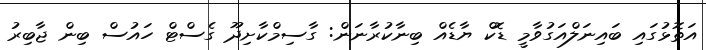
އަތޮޅުގައި ބައިނަލްއަގުވާމީ ޑޮކް ޔާޑެއް ބިނާކުރާނަން: ގާސިމްކާށިދޫ ގެސްޓް ހައުސް ބިން ޖާބިރު